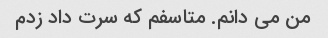
من می دانم. متاسفم که سرت داد زدم